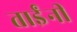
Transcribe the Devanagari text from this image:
ताईंनी